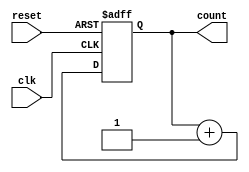
module counter (
  input wire clk,
  input wire reset,
  output reg [7:0] count
);

reg [7:0] next_count;

always @(posedge clk or posedge reset) begin
  if (reset) begin
    count <= 8'h00; // initial value
  end else begin
    count <= next_count;
  end
end

always @* begin
  next_count = count + 1;
end

endmodule